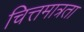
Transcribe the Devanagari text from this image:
चित्तमात्रता